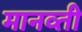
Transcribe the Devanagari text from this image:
मानव्ती